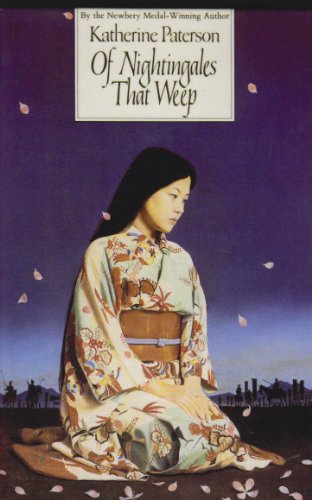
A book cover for Of Nightingales That Weep; Katherine Paterson; Teen & Young Adult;